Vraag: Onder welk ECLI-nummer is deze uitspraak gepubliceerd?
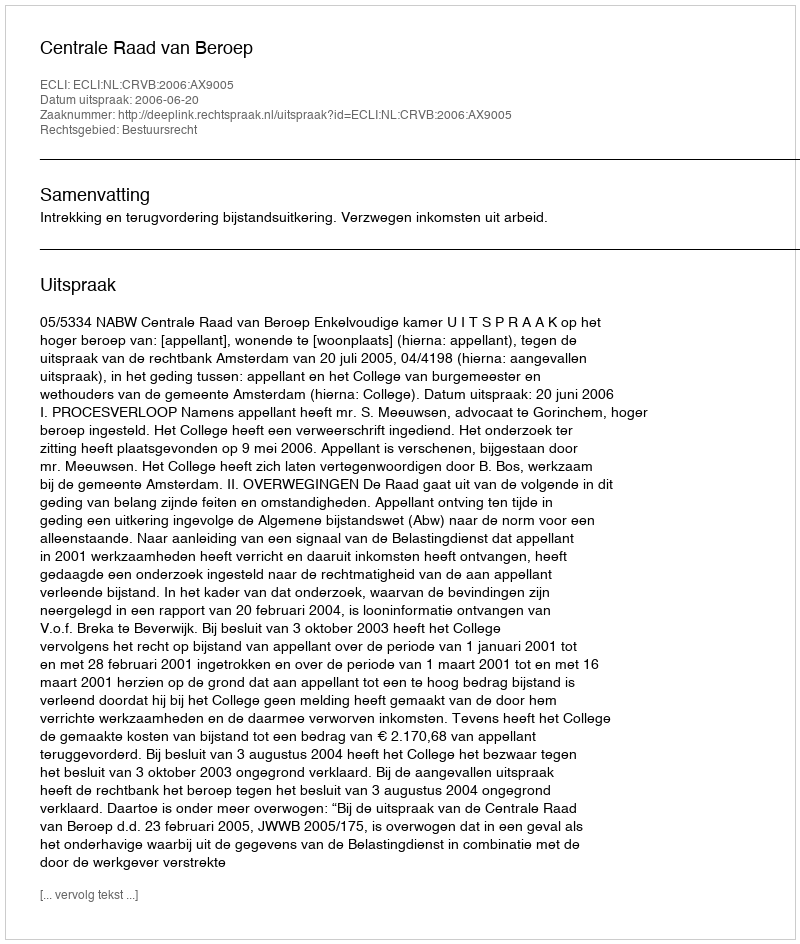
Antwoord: ECLI:NL:CRVB:2006:AX9005